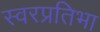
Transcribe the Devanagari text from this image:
स्वरप्रतिभा